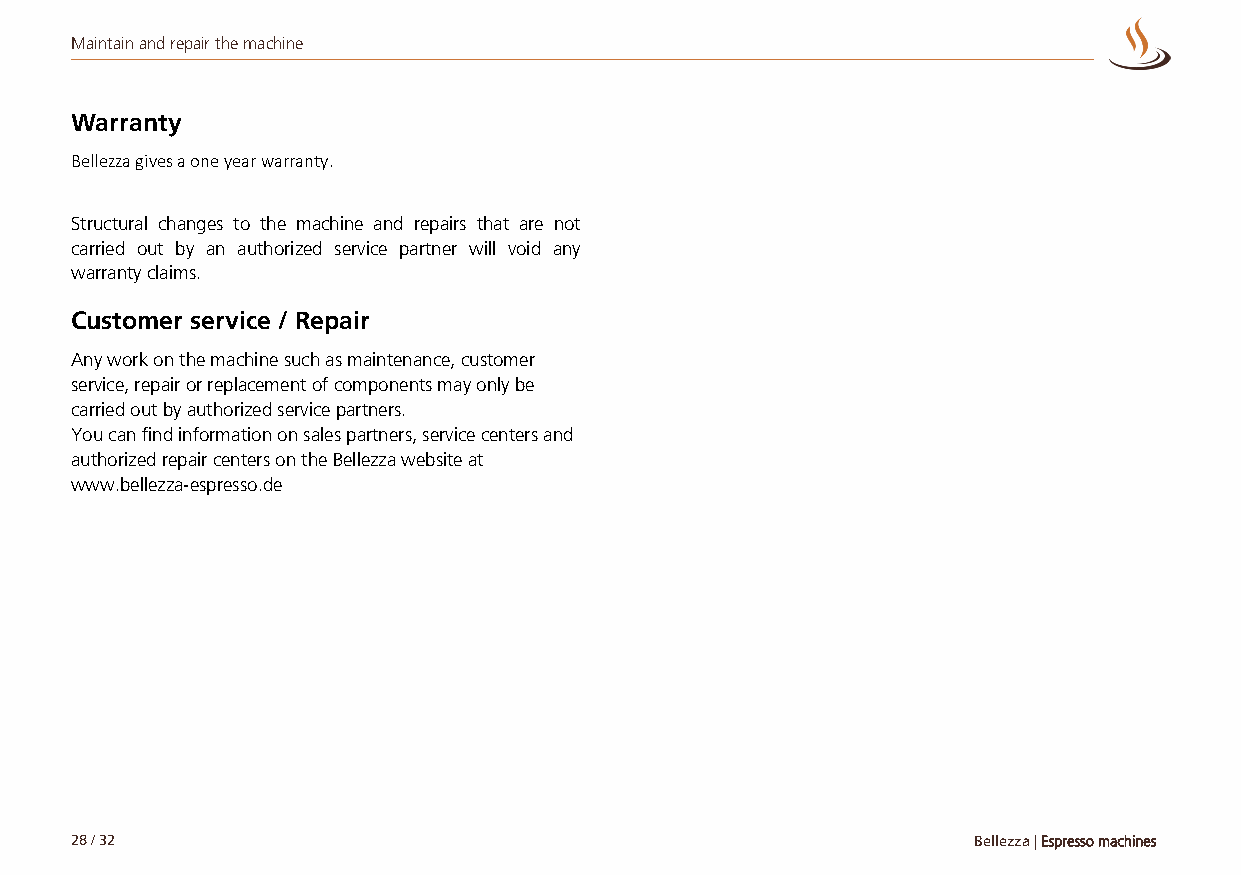
Maintain and repair the machine
 Warranty
 Bellezza gives a one year warranty.
 Structural changes to the machine and repairs that are not
 carried out by an authorized service partner will void any
 warranty claims.
 Customer service / Repair
 Any work on the machine such as maintenance, customer
 service, repair or replacement of components may only be
 carried out by authorized service partners.
 You can find information on sales partners, service centers and
 authorized repair centers on the Bellezza website at
 www.bellezza-espresso.de
 28 / 32                                                    Bellezza | Espresso machines